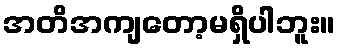
အတိအကျတော့မရှိပါဘူး။